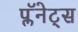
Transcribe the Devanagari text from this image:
प्लॅनेट्स